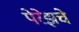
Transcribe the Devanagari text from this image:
पेरेझचे